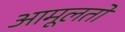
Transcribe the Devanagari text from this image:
आमूलतो